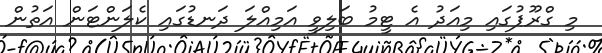
މި ގްރޫޕުގައި މިއަދު އެ ޓީމު ބަލިވީ އަމިއްލަ ދަނޑުގައި ކެލަންޓަން އަތުން